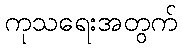
ကုသရေးအတွက်